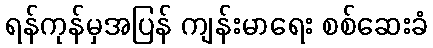
ရန်ကုန်မှအပြန် ကျန်းမာရေး စစ်ဆေးခံ